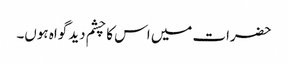
حضرات میں اس کا چشم دید گواہ ہوں۔